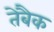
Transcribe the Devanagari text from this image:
तेबैक